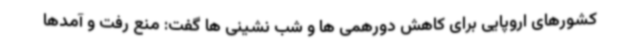
کشورهای اروپایی برای کاهش دورهمی ها و شب نشینی ها گفت: منع رفت و آمدها